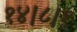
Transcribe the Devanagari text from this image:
१४।८।१